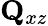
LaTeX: \mathbf{Q}_{xz}